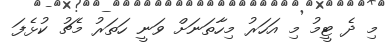
މި ދެ ޓީމު މި އަހަރު މިހާތަނަށް ވަނީ ހަތަރު މެޗު ކުޅެފަ